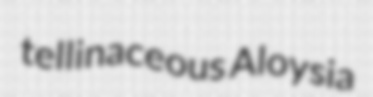
tellinaceous Aloysia